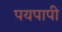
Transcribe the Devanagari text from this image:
पयपापी